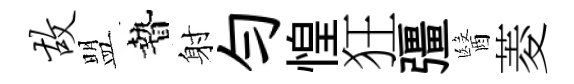
故盟贄射勻惶狂彊醫菱